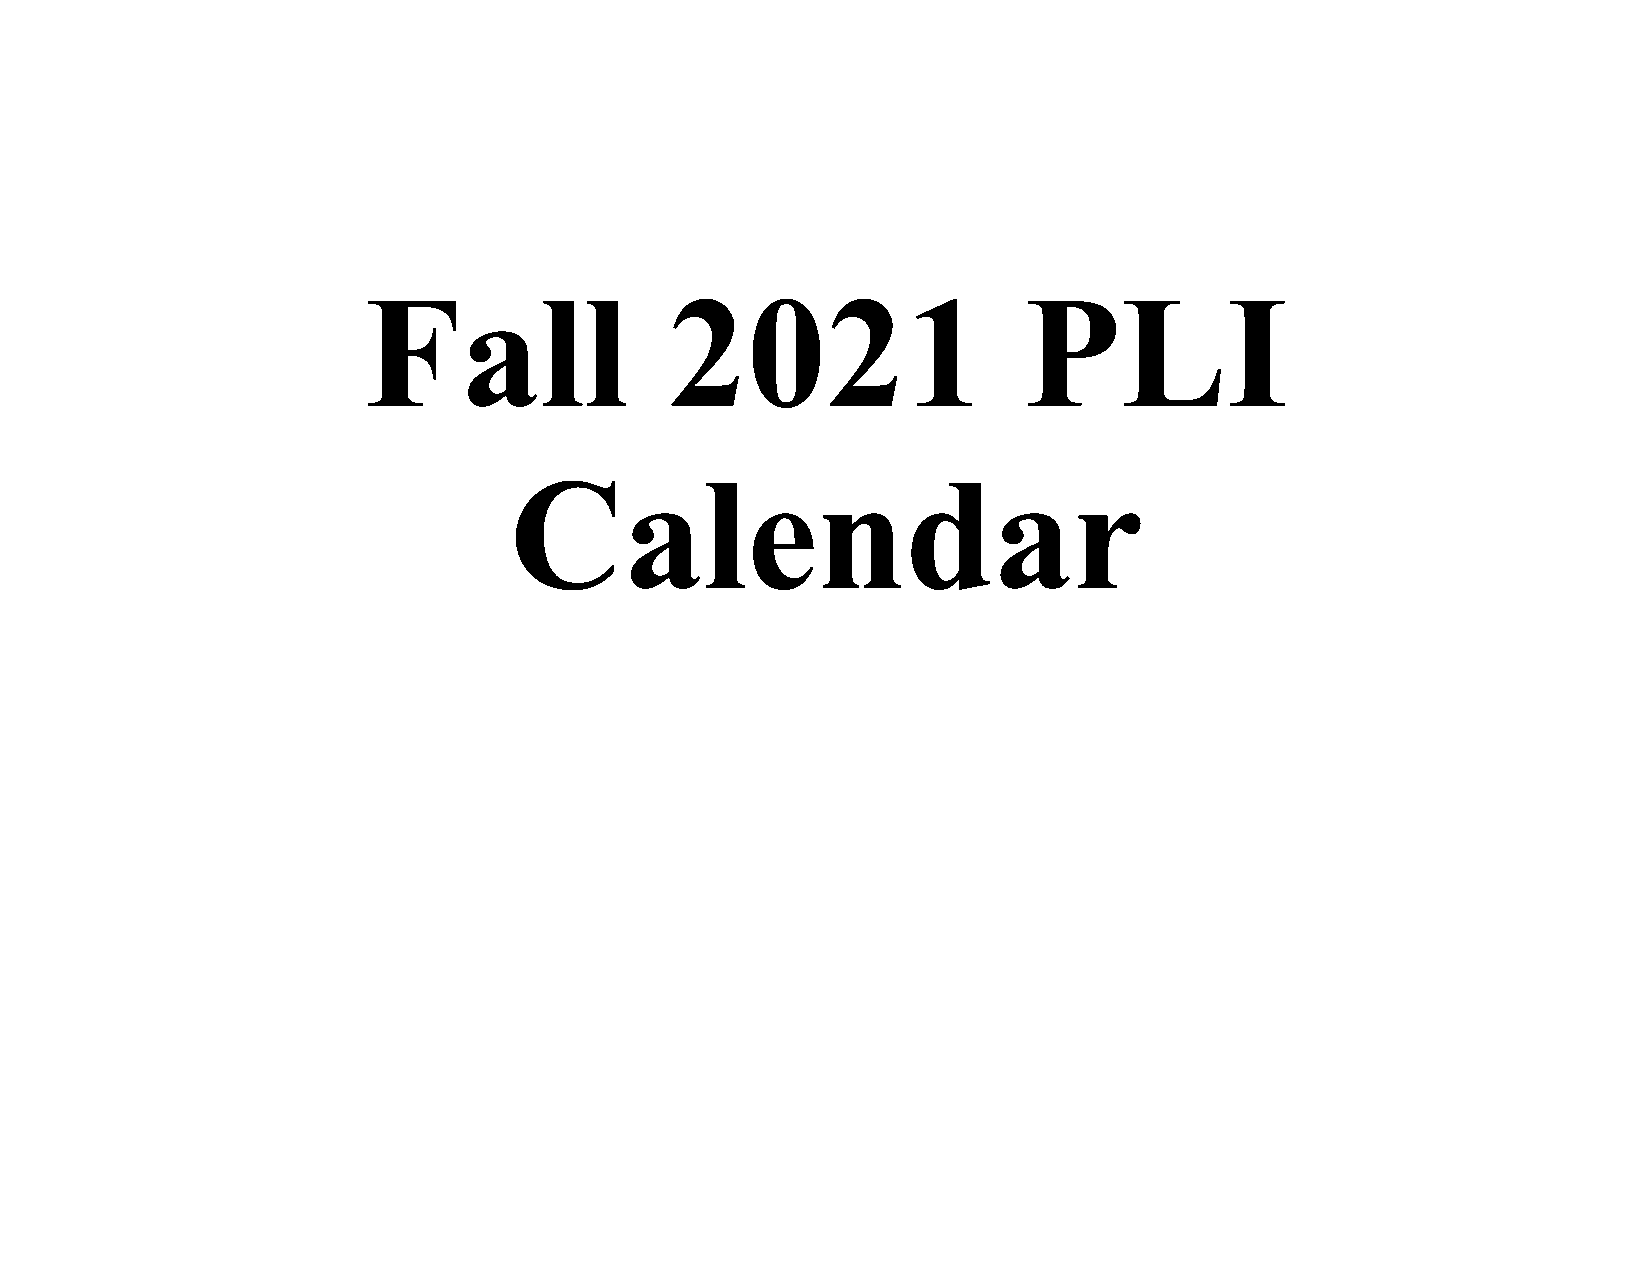
Fall                2021                    PLI
 Calendar